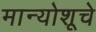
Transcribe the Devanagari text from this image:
मान्योशूचे